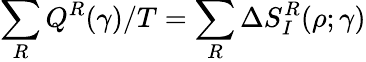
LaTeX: \sum_{R}Q^{R}(\gamma)/T=\sum_{R}\Delta S_{I}^{R}(\rho;\gamma)